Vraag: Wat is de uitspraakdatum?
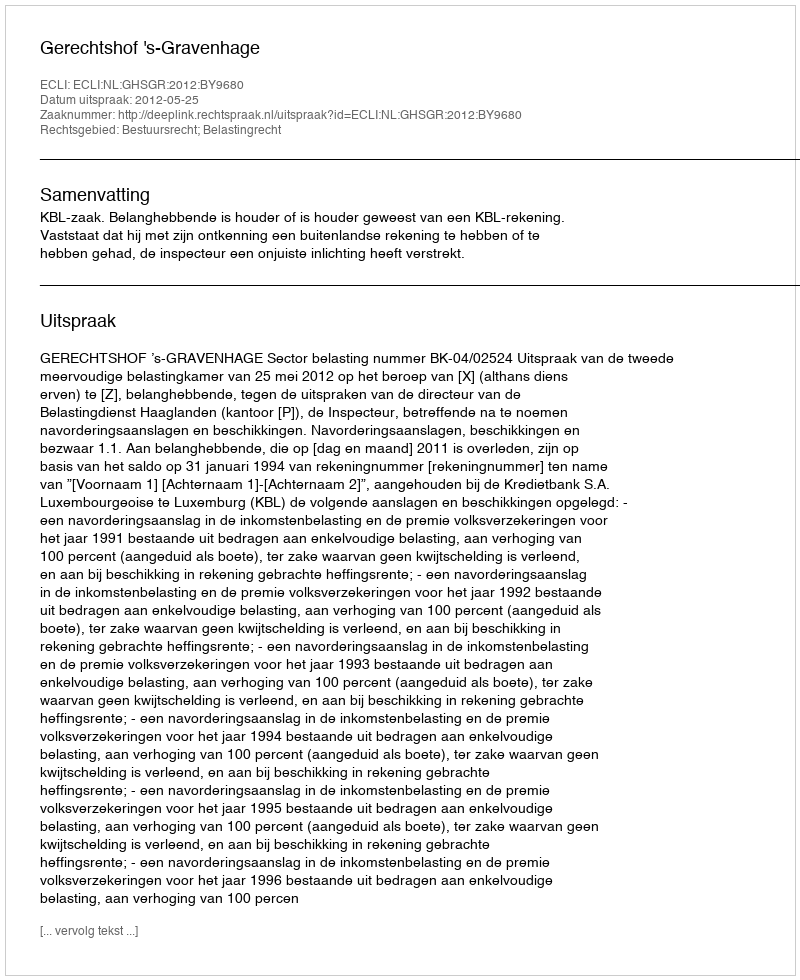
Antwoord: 2012-05-25